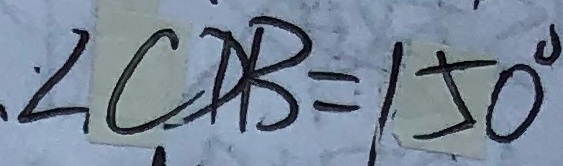
\angle C D B = 1 5 0 ^ { \circ }